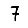
Digit: 7